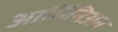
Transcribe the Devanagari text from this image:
आर्मिनिअन